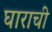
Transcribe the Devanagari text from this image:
घाराची